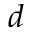
d